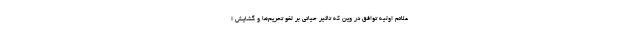
علائم اولیه توافق در وین که تاثیر حیاتی بر لغو تحریم‌ها و گشایش ا